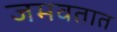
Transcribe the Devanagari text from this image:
जमवतात